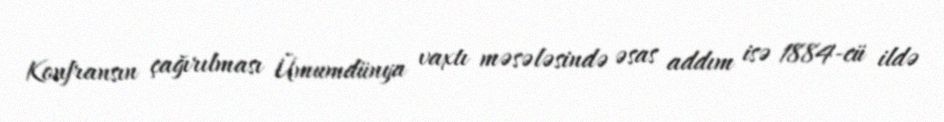
Konfransın çağırılması Ümumdünya vaxtı məsələsində əsas addım isə 1884-cü ildə